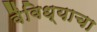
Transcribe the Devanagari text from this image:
वैविध्याचा